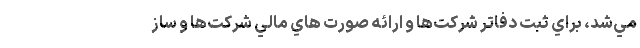
مي‌شد، براي ثبت دفاتر شركت‌ها و ارائه صورت هاي مالي شركت‌ها و ساز